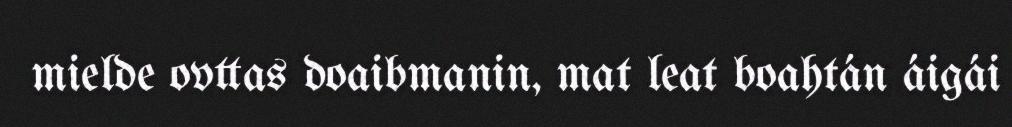
mielde ovttas doaibmanin, mat leat boahtán áigái